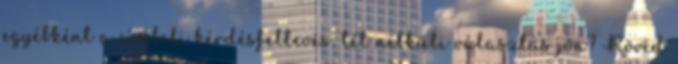
egyébként a címbeli kérdésfeltevés: tét nélküli választás jön? Rövid